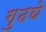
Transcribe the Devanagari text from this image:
गुढघे